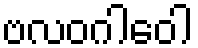
ဗလဝဂါဝေါ